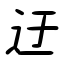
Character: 迂